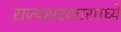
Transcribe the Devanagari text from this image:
राज्यसरकारमध्ये